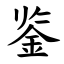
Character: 鉴